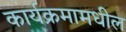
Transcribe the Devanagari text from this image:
कार्यक्रमामधील